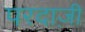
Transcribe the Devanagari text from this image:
परदाज़ी